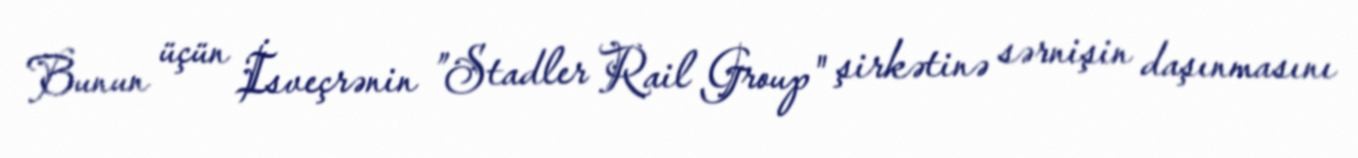
Bunun üçün İsveçrənin ”Stadler Rail Group" şirkətinə sərnişin daşınmasını